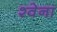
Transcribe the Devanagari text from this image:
श्वेना